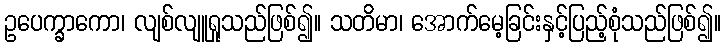
ဥပေက္ခာကော၊ လျစ်လျူရှုသည်ဖြစ်၍။ သတိမာ၊ အောက်မေ့ခြင်းနှင့်ပြည့်စုံသည်ဖြစ်၍။